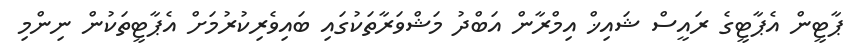
ޕާޓީން އެޕާޓީގެ ރައީސް ޝައިޚް އިމްރާން އަބްދު މަޝްވަރާތަކުގައި ބައިވެރިކުރުމަށް އެޕާޓީތަކުން ނިންމި